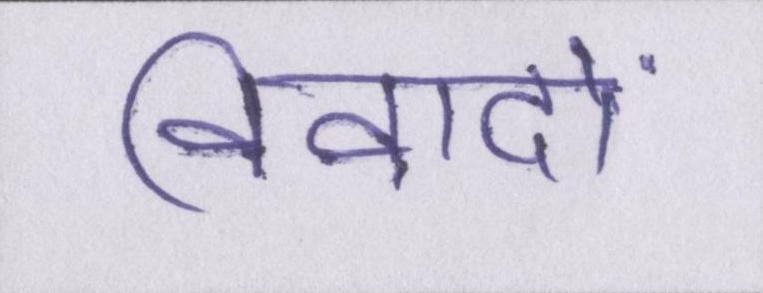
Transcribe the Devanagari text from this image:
विवादों